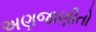
અણજાણીતો